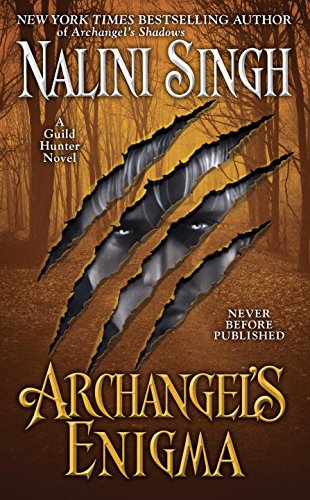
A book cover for Archangel's Enigma (Guild Hunter); Nalini Singh; Romance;